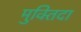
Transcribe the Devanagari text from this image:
मुक्‍तिदा